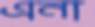
এনা